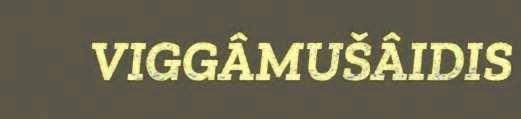
VIGGÂMUŠÂIDIS